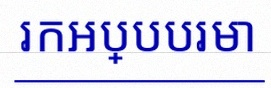
រកអប្បបរមា